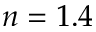
n = 1 . 4